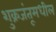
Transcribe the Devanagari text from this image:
शुक्रजंतूमधील